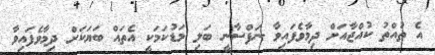
އެ ތުއްތު ކުއްޖާއަށް ދިމާވެފައިވާ ނަފްސާނީ ބަލި މަޑުކަމަކީ އެތައް ބަޔަކަށް ދިމާވެފައިވާ